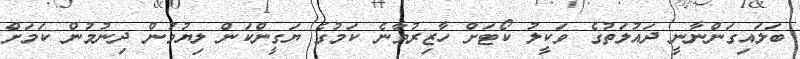
ބަލައިގަންނާނީ ދައުލަތުގެ ވަކީލު ކޯޓަށް ހާޒިރުވާނެ ކަމުގެ ޔަގީންކަން ލިޔުމުން ދިނުމުން ކަމަށް